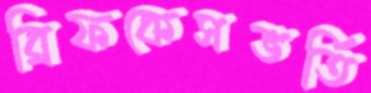
ব্রিফকেসভর্তি